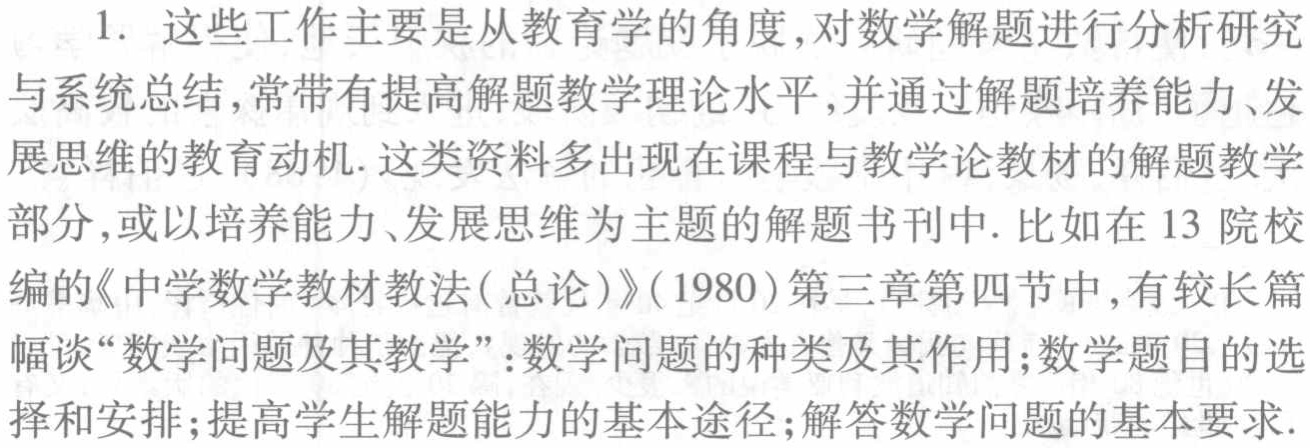
1. 这些工作主要是从教育学的角度,对数学解题进行分析研究与系统总结,常带有提高解题教学理论水平,并通过解题培养能力、发展思维的教育动机.这类资料多出现在课程与教学论教材的解题教学部分,或以培养能力、发展思维为主题的解题书刊中.比如在13院校编的《中学数学教材教法(总论)》(1980)第三章第四节中,有较长篇幅谈“数学问题及其教学”:数学问题的种类及其作用;数学题目的选择和安排;提高学生解题能力的基本途径;解答数学问题的基本要求.